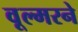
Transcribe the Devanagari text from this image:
वूल्मरने